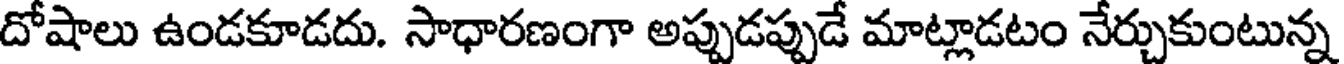
దోషాలు ఉండకూడదు. సాధారణంగా అప్పుడప్పుడే మాట్లాడటం నేర్చుకుంటున్న